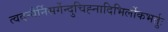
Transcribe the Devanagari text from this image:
त्वदन्यैर्निसर्गेन्दुचिह्नादिभिर्लोकभर्तुः